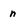
Character: n